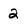
Character: 2